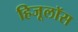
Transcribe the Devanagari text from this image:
हिजूलॉस